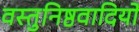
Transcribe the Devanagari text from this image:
वस्तुनिष्ठवादियों